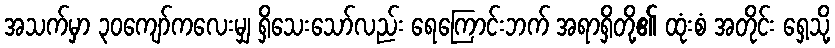
အသက်မှာ ၃၀ကျော်ကလေးမျှ ရှိသေးသော်လည်း ရေကြောင်းဘက် အရာရှိတို့၏ ထုံးစံ အတိုင်း ရှေ့သို့